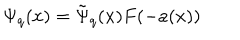
LaTeX: \Psi _ { q } ( x ) = \tilde { \Psi } _ { q } ( x ) F ( - a ( x ) )